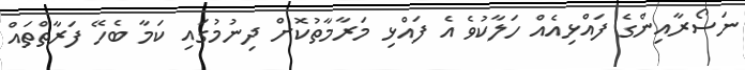
ނަސޯރާއިންގެ ފައްޅިއެއް ހަލާކުވެ އެ ފައްޅި މަރާމާތުކޮށް ދިނުމުގައި ކަމާ ބެހޭ ފަރާތްތައް